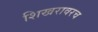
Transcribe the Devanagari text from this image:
शिखरावरच